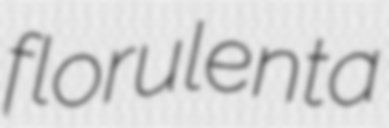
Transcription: florulenta